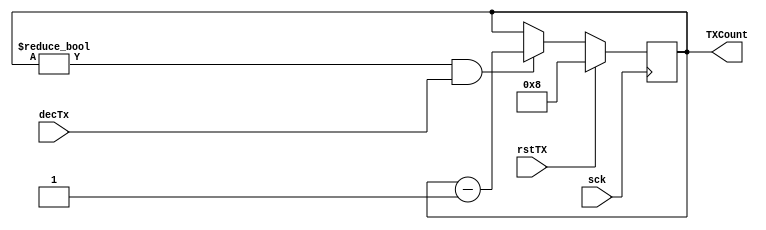
module counterTX_4bit(TXCount,sck,decTx,rstTX);

output reg [3:0] TXCount;
input sck,rstTX,decTx;



initial begin
TXCount <= 4'b1000;
end

always @(negedge sck)
begin
	if(rstTX)
		begin
		TXCount <= 4'b1000;
		end

	else
	begin
        if (TXCount != 4'b0000 && decTx) 
        begin  
		    TXCount <= TXCount - 1;
        end
    end
end
endmodule